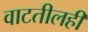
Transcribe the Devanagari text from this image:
वाटतीलही